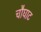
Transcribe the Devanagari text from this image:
चौघाट